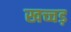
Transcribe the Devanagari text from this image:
खच्चड़